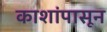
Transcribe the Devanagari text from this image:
काशांपासून